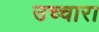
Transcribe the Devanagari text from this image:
उच्चारा